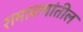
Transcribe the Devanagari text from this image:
रामायणांतील